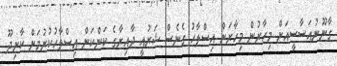
ގާނޫނުއަސާސީއަށް މިހާރުން މިހާރަށް އިސްލާހު ގެނެސް ޝަރުއީ ދާއިރާގެ ކަންކަން އިސްލާހުކުރުމަށް ކާށިދޫ